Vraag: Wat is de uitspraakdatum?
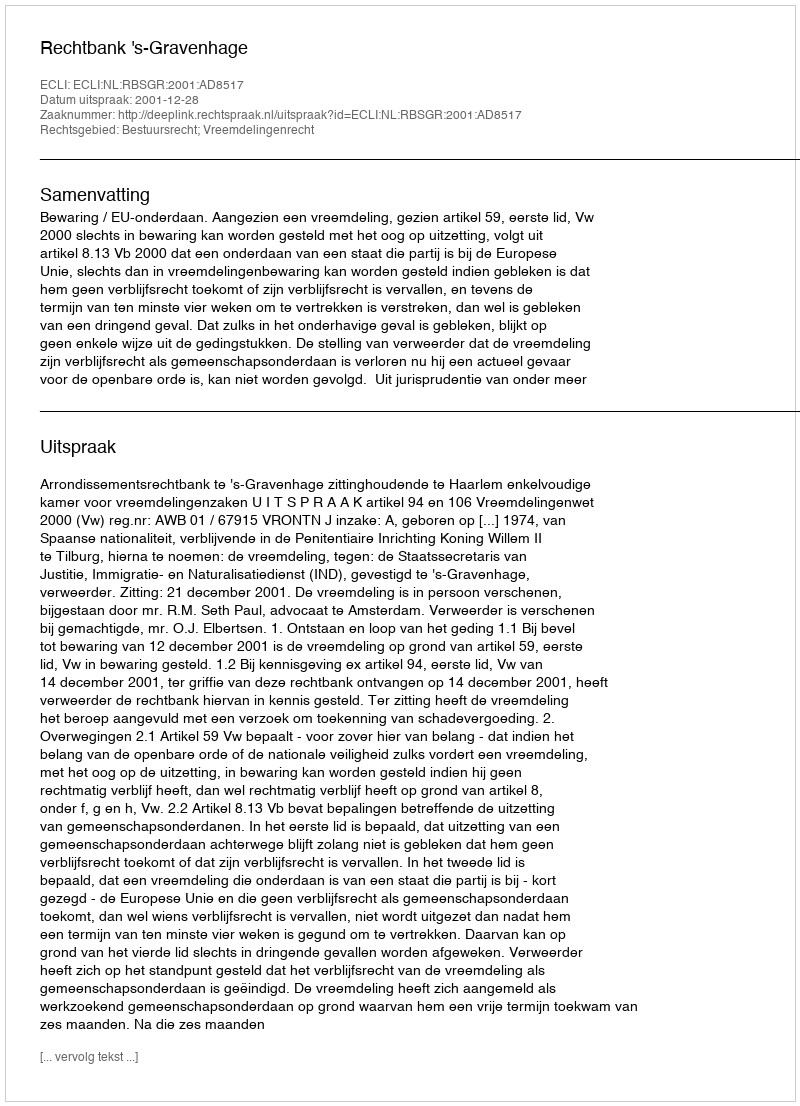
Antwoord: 2001-12-28